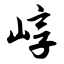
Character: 崞